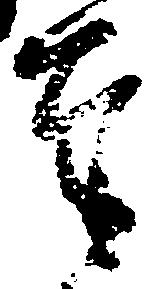
奉